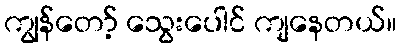
ကျွန်တော့် သွေးပေါင် ကျနေတယ်။